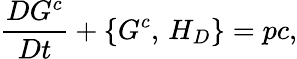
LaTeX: \frac{DG^{c}}{Dt}+\{ G^{c},\, H_{D}\} =pc,